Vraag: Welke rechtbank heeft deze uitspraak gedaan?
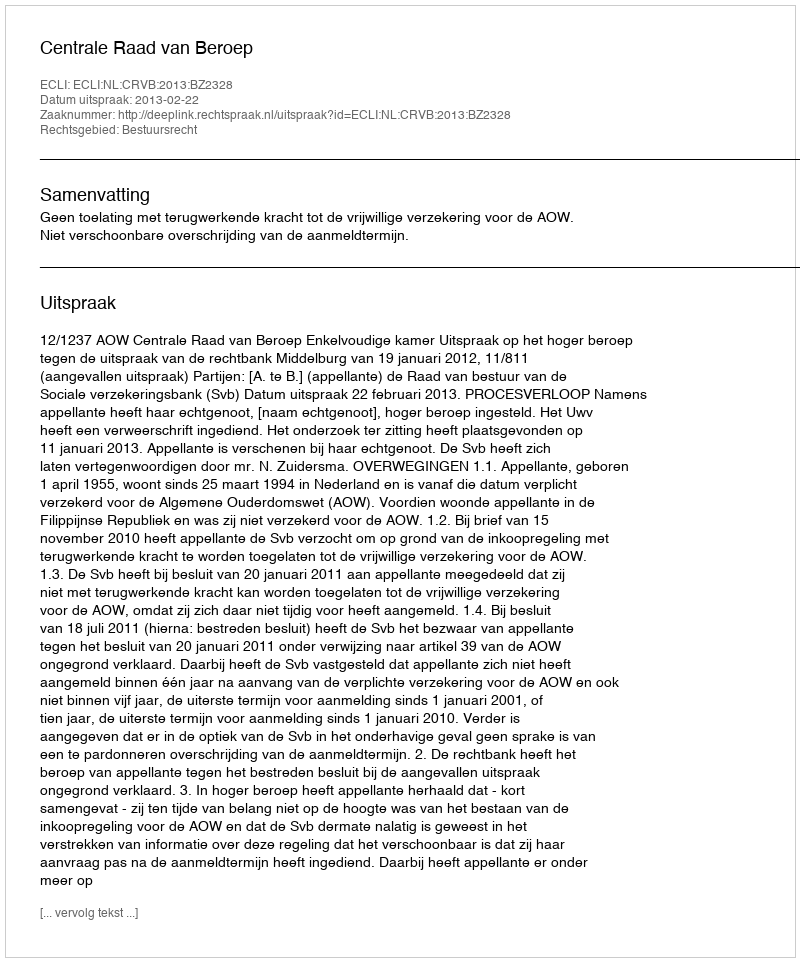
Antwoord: Centrale Raad van Beroep